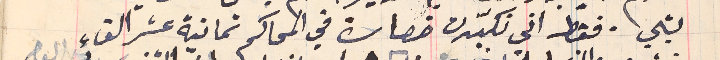
بشي .فقط اني تكبّدت خصارة في المحاكم ثمانية عشر الف